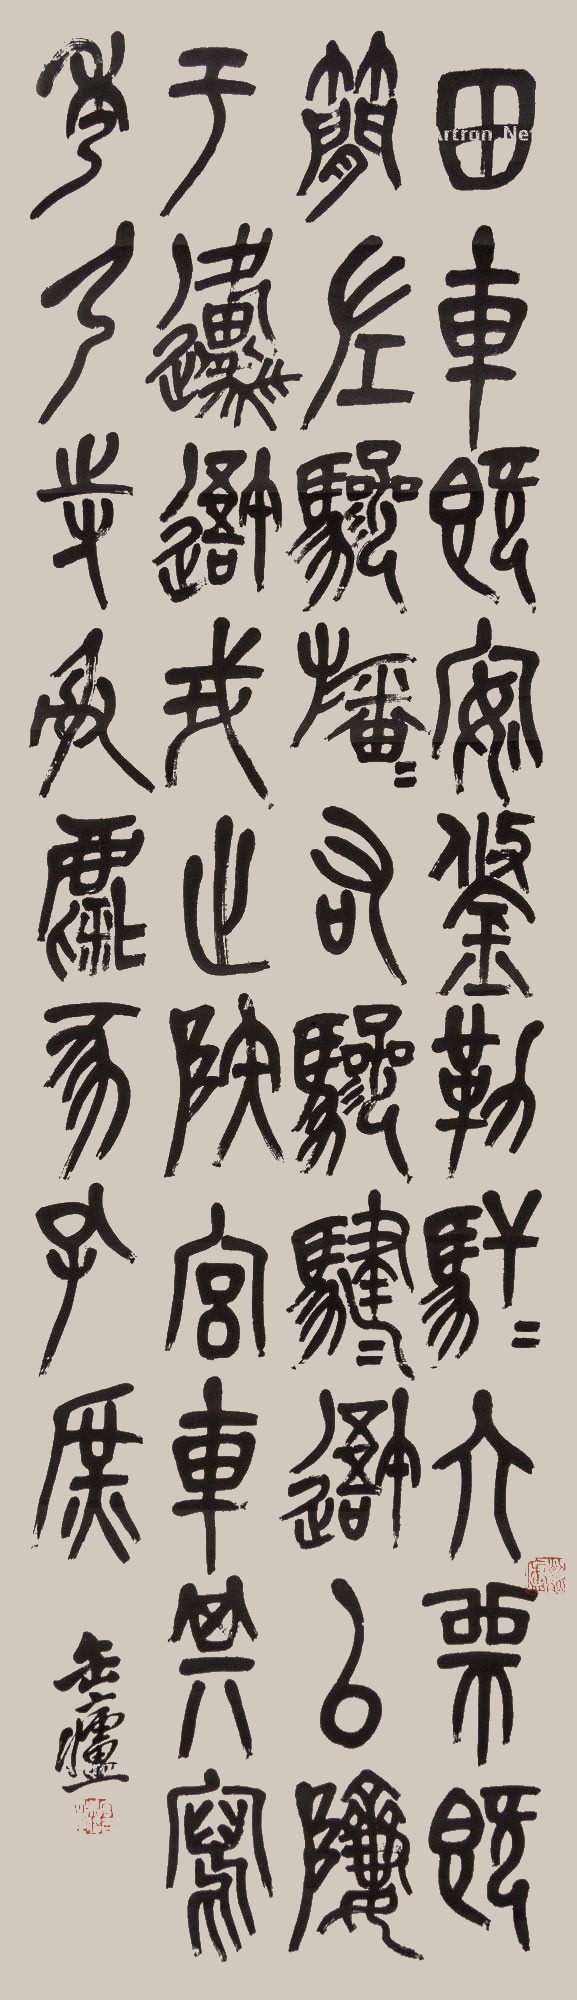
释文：田车孔安。鋚勒□□。四介既简。左骖旛旛。右骖𩨃𩨃。吾以□于原。吾戎止□。宫车其写。秀弓待射。麋豕孔庶。缶卢。